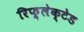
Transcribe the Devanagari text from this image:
रिफ़्लेक्टेड